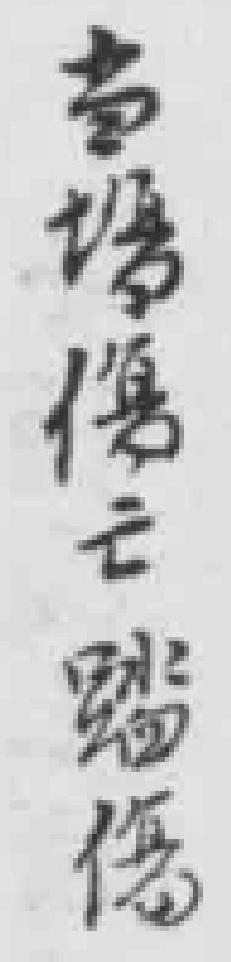
当場傷亡踏傷